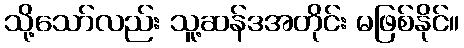
သို့သော်လည်း သူ့ဆန်ဒအတိုင်း မဖြစ်နိုင်။